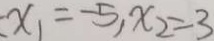
: x _ { 1 } = - 5 , x _ { 2 } = 3